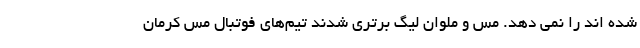
شده اند را نمی دهد. مس و ملوان لیگ برتری شدند تیم‌های فوتبال مس کرمان